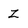
Character: Z